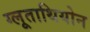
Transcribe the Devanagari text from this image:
ग्लूताथियोन